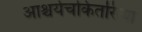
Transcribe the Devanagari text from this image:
आश्चर्यचकितरित्या